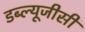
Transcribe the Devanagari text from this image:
डब्ल्यूजीसी